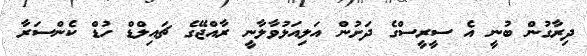
ދިރާގުން ބުނީ އެ ސީރީސްގެ ދަށުން އަލިއަޅުވާލާނީ ރާއްޖޭގެ ޗައިލްޑް ހުޑް ކެންސަރާ